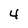
Character: 4